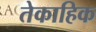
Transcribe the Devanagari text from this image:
तेकाहिक